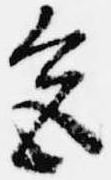
色